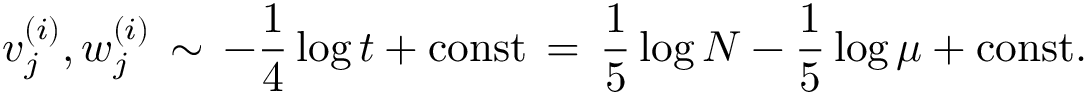
v _ { j } ^ { ( i ) } , w _ { j } ^ { ( i ) } \, \sim \, - \frac { 1 } { 4 } \log t + \mathrm { c o n s t } \, = \, \frac { 1 } { 5 } \log N - \frac { 1 } { 5 } \log \mu + \mathrm { c o n s t } .